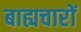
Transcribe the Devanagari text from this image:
बाह्यचारों